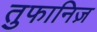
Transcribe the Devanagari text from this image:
तुफानिज़